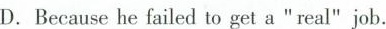
D. Because he failed to get a"real" job.